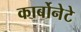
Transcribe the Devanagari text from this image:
कार्बोनेटे